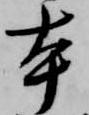
本